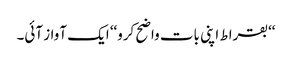
‘‘بقراط اپنی بات واضح کرو‘‘ ایک آواز آئی۔